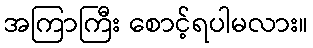
အကြာကြီး စောင့်ရပါမလား။